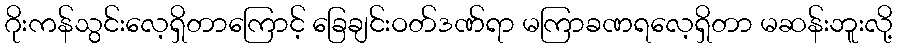
ဂိုးကန်သွင်းလေ့ရှိတာကြောင့် ခြေချင်းဝတ်ဒဏ်ရာ မကြာခဏရလေ့ရှိတာ မဆန်းဘူးလို့